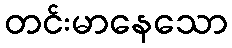
တင်းမာနေသော